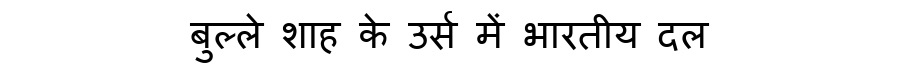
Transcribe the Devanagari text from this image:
बुल्ले शाह के उर्स में भारतीय दल